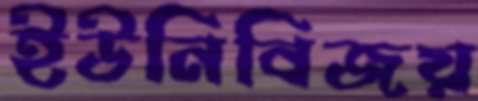
ইউনিবিজয়